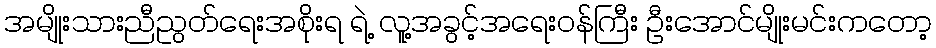
အမျိုးသားညီညွတ်ရေးအစိုးရ ရဲ့ လူ့အခွင့်အရေးဝန်ကြီး ဦးအောင်မျိုးမင်းကတော့